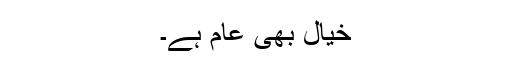
خیال بھی عام ہے۔